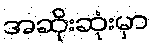
အဆိုးဆုံးမှာ